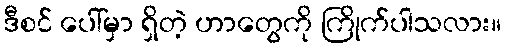
ဒီစင် ပေါ်မှာ ရှိတဲ့ ဟာတွေကို ကြိုက်ပါသလား။